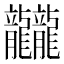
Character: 龖